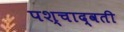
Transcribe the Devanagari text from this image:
पश्चाद्वती